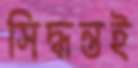
সিদ্ধন্তই